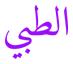
الطبي